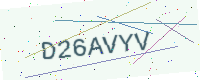
Text: D26AVYV